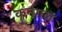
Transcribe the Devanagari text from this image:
कनगल